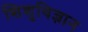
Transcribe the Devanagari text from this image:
शिशुविज्ञान